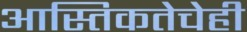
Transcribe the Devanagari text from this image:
आस्तिकतेचेही